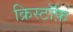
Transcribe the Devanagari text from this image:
क्रिस्टॉफ़